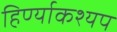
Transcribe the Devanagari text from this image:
हिर्ण्याकश्यप